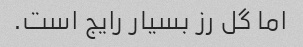
اما گل رز بسیار رایج است.